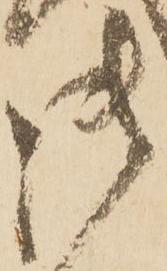
御